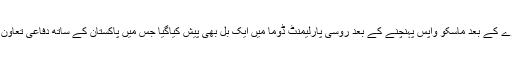
روسی وزیردفاع کے دورے کے بعد ماسکو واپس پہنچنے کے بعد روسی پارلیمنٹ ڈوما میں ایک بل بھی پیش کیاگیا جس میں پاکستان کے ساتھ دفاعی تعاون کی اجازت طلب کی گئی۔